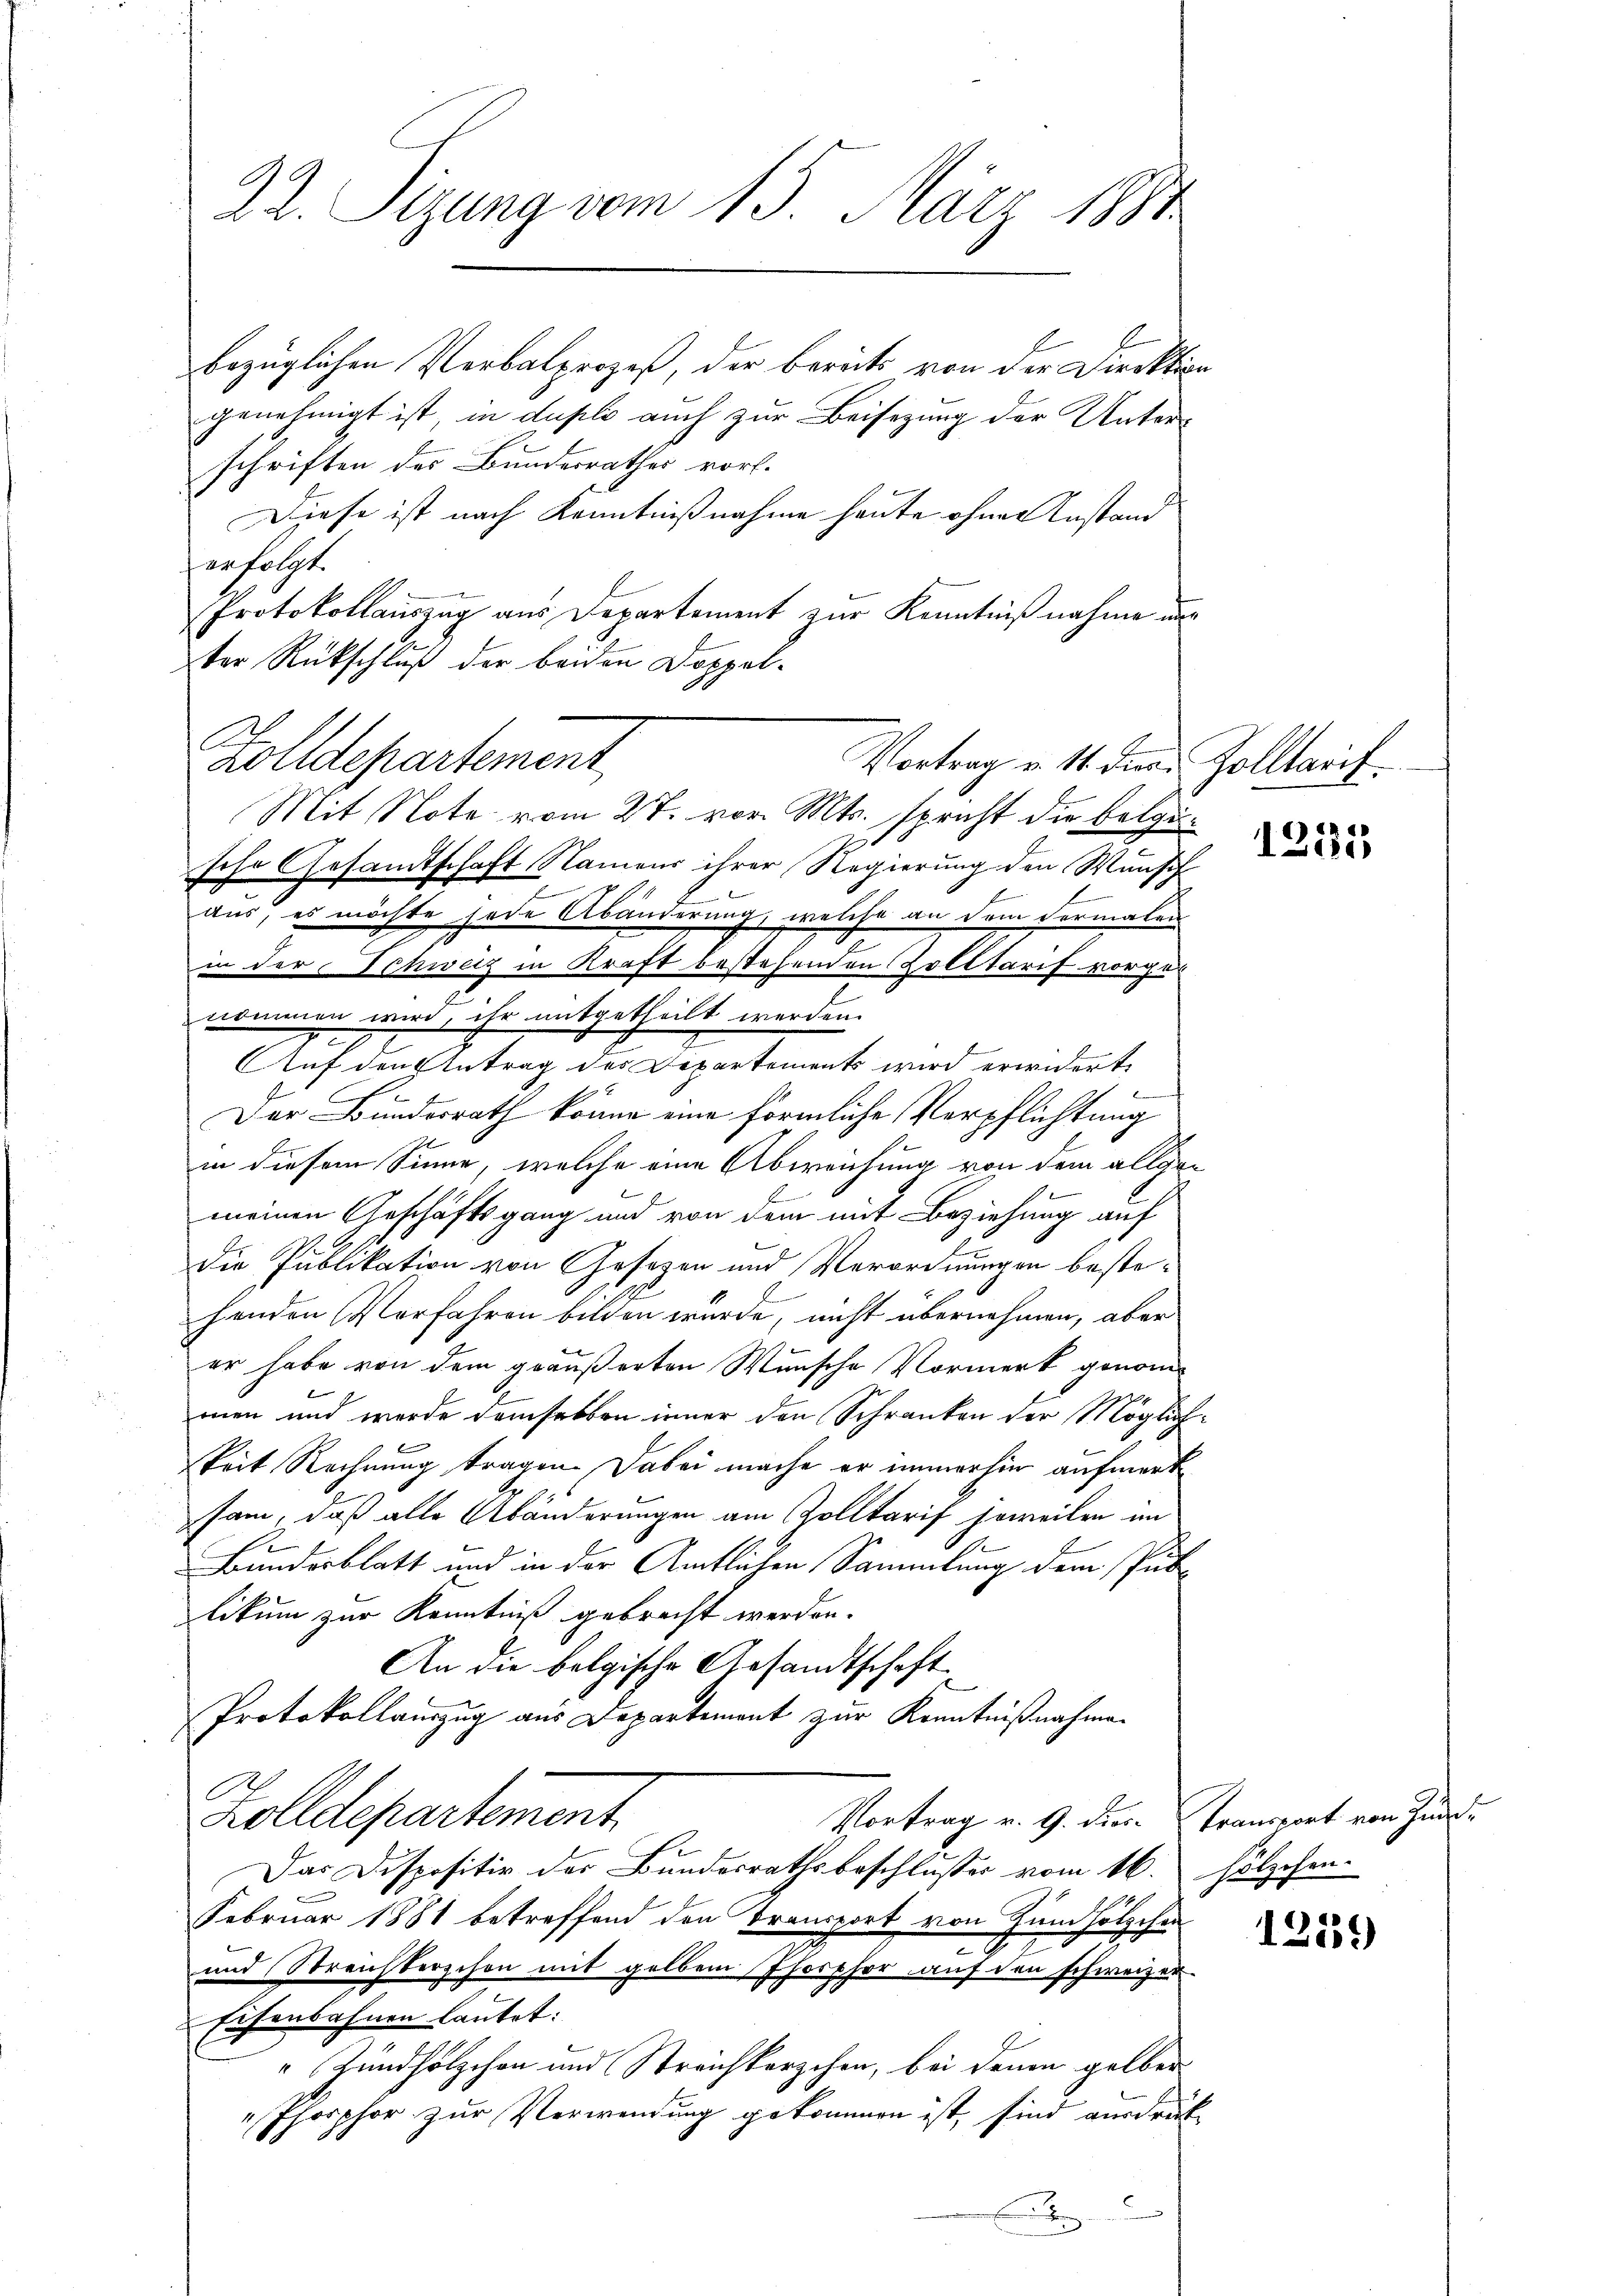
6
22. Sizung vom 13. März 1881

bezüglichen Verbalprozeß, der bereits von der Direktion
genehmigt ist, in duplo auch zur Beisezung der Unterschriften des Bundesrathes vort.
Diese ist nach Kenntnißnahme heute ohner Anstand
ersetzt.
Protokollauszug aus Departement zur Kenntnißnahme nun
ter Rückschluß der beiden Doppel¬

A.
zolldepartement
Vortrag u. 11. die Zolltarif
Mit Note vom 27. vor. Mts. spricht die belge¬

448
1

Ich
sehr Gesamtschaft Namens ihrer Regierung den Wunsch
aus, es möchte jede Abänderung, welche an dem Formalen
in der Schweiz in Kraft bestehenden Zolltarif vorge¬
.
3
nommen wird, ihr mitgetheilt werden.
e
Auf den Antrag des Departements wird erwidert.
Der Bundesrath könne eine förmliche Verpflichtung
in diesem Sinne, welche eine Abweichung von dem allgemeinen Geschäftsgang und von dem mit Beziehung auf
die Publikation von Gesetzen und Verordnungen bestehenden Verfahren bilden wurde, nicht übernehmen, aber
er habe von dem geäußerten Wunsche Vormerk genommen und werde demselben inner den Schranken der Möglichkeit Rechnung tragen. Dabei mache er immerhin aufmerk
h
sam, daß alle Abänderungen am Zolltarif soweiten in
2
Bundesblatt und in der Amtlichen Sammlung dem Publikum zur Kenntniß gebracht werden.
An die belgische Arsandtschaft
Protokollauszug aus Departement zur Kenntnißnahme
O
zolldepartement.
Vortrag v. 9. dies¬
Das Dispositiv der Bundesrathsbeschlusses vom 16. hölzehen¬
Februar 1881 betreffend den Transport von Gundhölzchen
und Streichberschon mit gelben Thorthor auf den schweizen
Eisenbahnen lautet:
" Zündhölzchen und Streichkerzchen, bei denen gelber
Phorphor zur Verwendung gekommen ist, sind ausdrükde

Transport von Zund¬

1259)